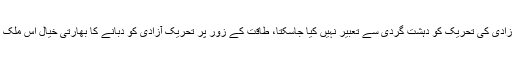
سرتاج عزیز کا کہنا تھا کہ آزادی کی تحریک کو دہشت گردی سے تعبیر نہیں کیا جاسکتا، طاقت کے زور پر تحریک آزادی کو دبانے کا بھارتی خیال اس ملک کے حکام کی ایک بھول ہے۔